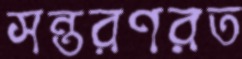
সন্তরণরত